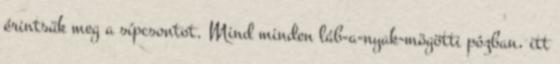
érintsük meg a sípcsontot. Mind minden láb-a-nyak-mögötti pózban, itt